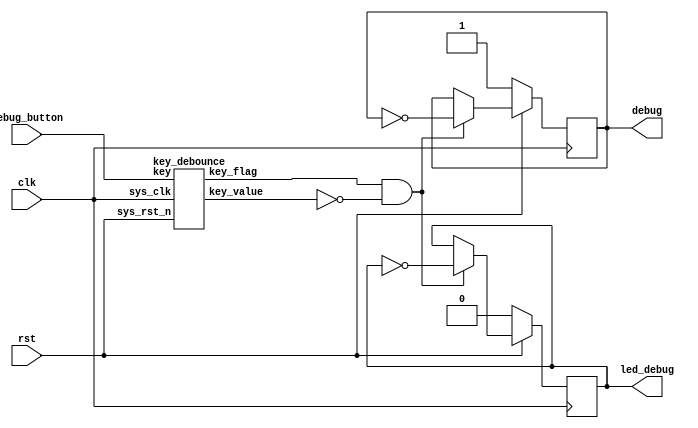
module debug_button_debounce(
	input  wire 		  clk   		,
	input  wire 		  rst     		,
	input  wire 		  debug_button	,
	output reg			  debug			,
	output reg			  led_debug		
);
	wire key_flag;
	wire key_value;
	key_debounce key_debounce_inst1(
		.sys_clk				(clk		 ),         //50M
		.sys_rst_n				(rst		 ),         //
		.key					(debug_button),         //
		.key_flag				(key_flag	 ),         //
		.key_value         		(key_value	 )		  		//  
    );
	
	
	always @(posedge clk)begin
		if(!rst) begin
			led_debug <= 1'b0;
			debug	  <= 1'b1;
		end
		else if(key_flag && !key_value) begin //
			led_debug <= ~led_debug;
			debug	  <= ~debug;
		end
	end
	
endmodule


module key_debounce(
    input            sys_clk,          //50M
    input            sys_rst_n,        //
    
    input            key,              //
    output reg       key_flag,         //
	output reg       key_value         //  
    );

//reg define    
reg [31:0] delay_cnt;
reg        key_reg;

//*****************************************************
//**                    main code
//*****************************************************
always @(posedge sys_clk or negedge sys_rst_n) begin 
    if (!sys_rst_n) begin 
        key_reg   <= 1'b1;
        delay_cnt <= 32'd0;
    end
    else begin
        key_reg <= key;
        if(key_reg != key)             //()
            delay_cnt <= 32'd1000000;  //20ms
        else if(key_reg == key) begin  //20ms
                 if(delay_cnt > 32'd0)
                     delay_cnt <= delay_cnt - 1'b1;
                 else
                     delay_cnt <= delay_cnt;
             end           
    end   
end

always @(posedge sys_clk or negedge sys_rst_n) begin 
    if (!sys_rst_n) begin 
        key_flag  <= 1'b0;
        key_value <= 1'b1;          
    end
    else begin
        if(delay_cnt == 32'd1) begin   //120ms
            key_flag  <= 1'b1;         //
            key_value <= key;          //
        end
        else begin
            key_flag  <= 1'b0;
            key_value <= key_value; 
        end  
    end   
end
    
endmodule